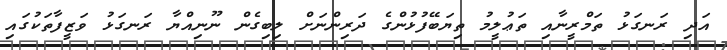
އަދި ރަނގަޅު ތަމްރީނާއި ތަޢުލީމު ތިޔަބޭފުޅުންގެ ދަރިންނަށް ލިބިގެން ނޫނިއްޔާ ރަނގަޅު ވަޒީފާތަކުގައި